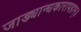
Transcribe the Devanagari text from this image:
जाड्यान्धकारापहाम्‌॥